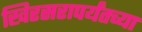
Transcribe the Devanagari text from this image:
खिरसरापर्यंतच्या